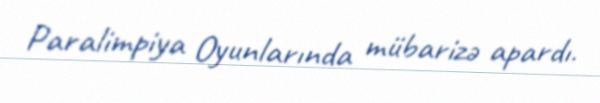
Paralimpiya Oyunlarında mübarizə apardı.